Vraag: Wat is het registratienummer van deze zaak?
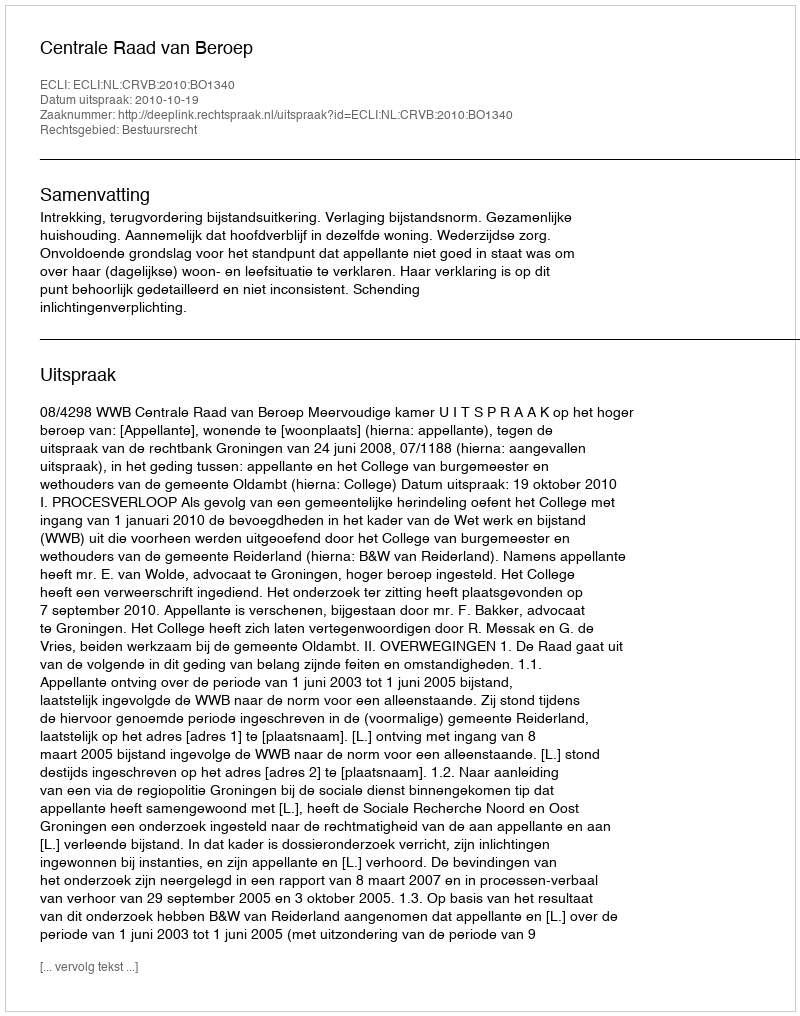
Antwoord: http://deeplink.rechtspraak.nl/uitspraak?id=ECLI:NL:CRVB:2010:BO1340